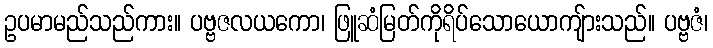
ဥပမာမည်သည်ကား။ ပဗ္ဗဇလယကော၊ ဖြူဆံမြတ်ကိုရိပ်သောယောကျ်ားသည်။ ပဗ္ဗဇံ၊